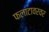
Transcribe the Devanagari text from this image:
फलाटावरवर